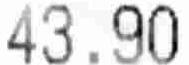
43.90